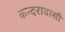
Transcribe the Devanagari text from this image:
कन्दरावासी